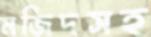
মজিদসহ